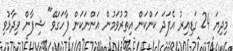
މިދިޔަ 24 ގަޑިއިރު އެފަދަ ކަންކަން އިތުރުވަމުން އަންނަކަން ފާހަގަވޭ" ޝިފާން ވިދާޅުވި